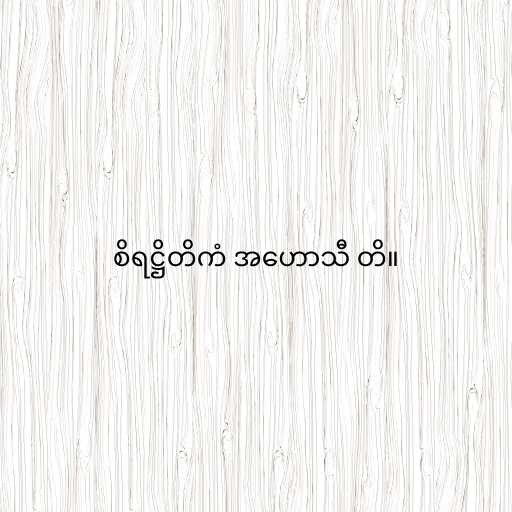
စိရဋ္ဌိတိကံ အဟောသီ တိ။